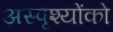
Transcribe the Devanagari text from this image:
अस्पृश्योंको